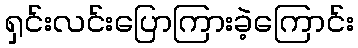
ရှင်းလင်းပြောကြားခဲ့ကြောင်း